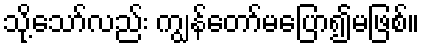
သို့သော်လည်း ကျွန်တော်မပြော၍မဖြစ်။